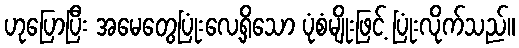
ဟုပြောပြီး အမေတွေပြုံးလေ့ရှိသော ပုံစံမျိုးဖြင့် ပြုံးလိုက်သည်။